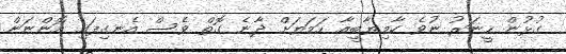
ގުޅުން ހީނަރު ނުވެ ކާމިޔާބީއާ ހަމަޔަށް ދާނެ ގޮތް ވެސް އެނގިފައި އޮންނަން